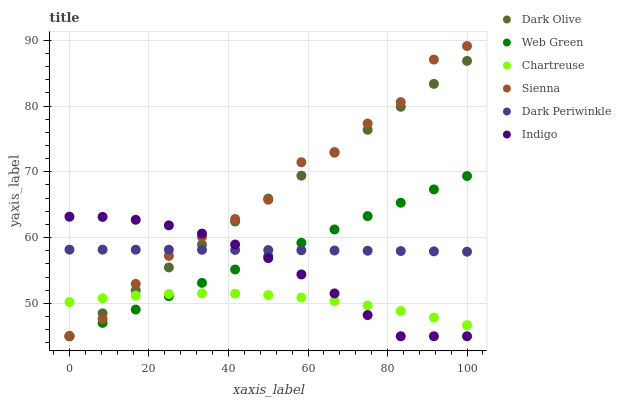
| xaxis_label | Dark Olive | Web Green | Chartreuse | Sienna | Dark Periwinkle | Indigo |
 | --- | --- | --- | --- | --- | --- | --- |
 | 0 | 45 | 45 | 50.2 | 45 | 58.2 | 63.2 |
 | 8.33 | 48.5 | 47 | 50.8 | 47.6 | 58.2 | 63.1 |
 | 16.7 | 52 | 49.1 | 51.2 | 53 | 58.2 | 62.7 |
 | 25 | 55.5 | 51.1 | 51.4 | 57.2 | 58.2 | 61.9 |
 | 33.3 | 59 | 53.1 | 51.5 | 60.1 | 58.1 | 60.6 |
 | 41.7 | 62.4 | 55.1 | 51.5 | 62.8 | 58.1 | 58.9 |
 | 50 | 65.9 | 57.2 | 51.3 | 65.8 | 58.1 | 56.9 |
 | 58.3 | 69.4 | 59.2 | 50.9 | 71.5 | 58.1 | 54.4 |
 | 66.7 | 72.9 | 61.2 | 50.4 | 73 | 58 | 51.5 |
 | 75 | 76.4 | 63.3 | 49.7 | 77.3 | 58 | 48.2 |
 | 83.3 | 79.9 | 65.3 | 48.8 | 80.6 | 58 | 45 |
 | 91.7 | 83.4 | 67.3 | 47.8 | 87.1 | 57.9 | 45 |
 | 100 | 86.9 | 69.4 | 46.7 | 89.1 | 57.9 | 45 |